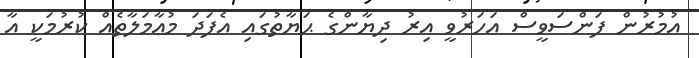
އުމުރުން ފަންސަވީސް އަހަރުވީ އިރު ދިޔާންގެ ޙަޔާތުގައި އެފަދަ މުޢާމަލާތެއް ކުރުމަކީ އާ